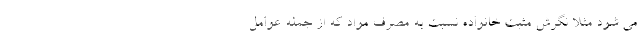
می شود مثلا نگرش مثبت خانواده نسبت به مصرف مواد که از جمله عوامل